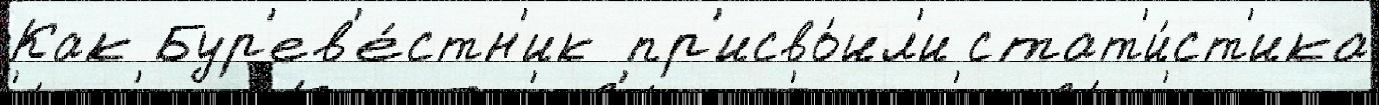
Как Бур'ев'е́стн'ик пр'исво́ил'и стат'и́ст'ика